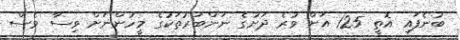
ބުނެފައި އޮތީ 125 އަށް ވުރެ ދަށުގެ ނަންބަރުތަކުގެ މީހުންނަށް ވިސާ ވެސް